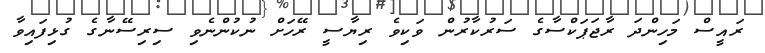
ރައީސް މަހިންދަ ރާޖަޕަކްސާގެ ސަރުކާރުން ވަކިވެ ރިޔާސީ ރޭހަށް ނުކުންނެވި ސިރިސޭނާގެ ގުޅިފައިވާ